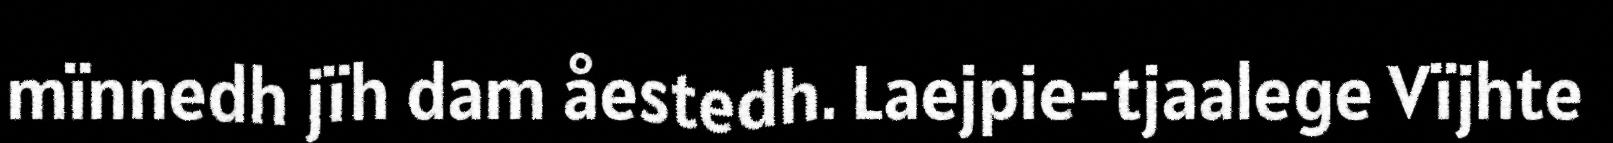
mïnnedh jïh dam åestedh. Laejpie-tjaalege Vïjhte